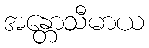
အန္တောသီမာယ